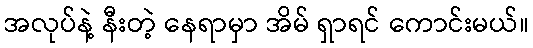
အလုပ်နဲ့ နီးတဲ့ နေရာမှာ အိမ် ရှာရင် ကောင်းမယ်။